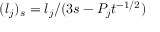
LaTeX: ( l _ { j } ) _ { s } = l _ { j } / ( 3 s - P _ { j } t ^ { - 1 / 2 } )